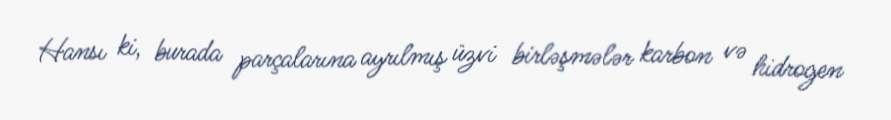
Hansı ki, burada parçalarına ayrılmış üzvi birləşmələr karbon və hidrogen